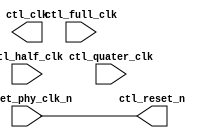
//Legal Notice: (C)2009 Altera Corporation. All rights reserved.  Your
//use of Altera Corporation's design tools, logic functions and other
//software and tools, and its AMPP partner logic functions, and any
//output files any of the foregoing (including device programming or
//simulation files), and any associated documentation or information are
//expressly subject to the terms and conditions of the Altera Program
//License Subscription Agreement or other applicable license agreement,
//including, without limitation, that your use is for the sole purpose
//of programming logic devices manufactured by Altera and sold by Altera
//or its authorized distributors.  Please refer to the applicable
//agreement for further details.

///////////////////////////////////////////////////////////////////////////////
// Title         : DDR controller Clock and Reset
//
//
// Abstract      : Clock and reset
///////////////////////////////////////////////////////////////////////////////

`timescale 1 ps / 1 ps
module alt_ddrx_clock_and_reset #
    ( parameter
        DWIDTH_RATIO = "2"
    )
    (
        // Inputs
        ctl_full_clk,
        ctl_half_clk,
        ctl_quater_clk,
        //csr_clk,
        reset_phy_clk_n,
        
        // Outputs
        ctl_clk,
        ctl_reset_n
    );

input ctl_full_clk;
input ctl_half_clk;
input ctl_quater_clk;
//input csr_clk;
input reset_phy_clk_n;

output ctl_clk;
output ctl_reset_n;

wire ctl_clk;
wire ctl_reset_n = reset_phy_clk_n;

generate
    if (DWIDTH_RATIO == 2) // fullrate
        assign ctl_clk = ctl_full_clk;
    else if (DWIDTH_RATIO == 4) // halfrate
        assign ctl_clk = ctl_half_clk;
endgenerate

endmodule